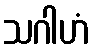
သဂါဟံ